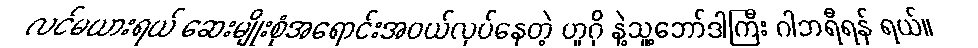
လင်မယားရယ် ဆေးမျိုးစုံအရောင်းအဝယ်လုပ်နေတဲ့ ဟူဂို နဲ့သူ့ဘော်ဒါကြီး ဂါဘရီရန် ရယ်။